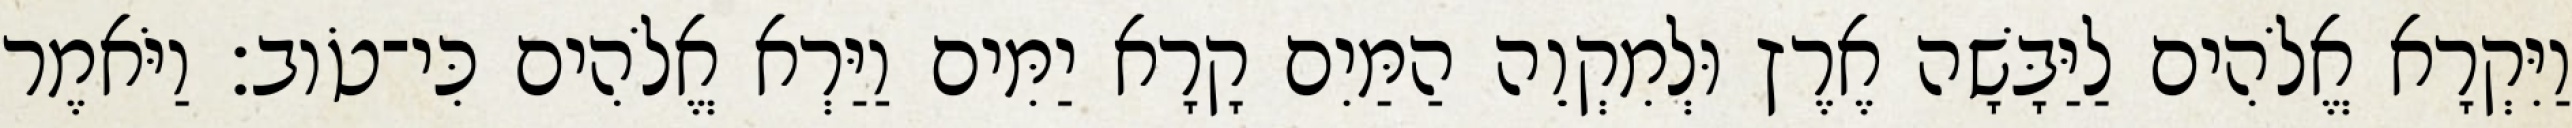
וַיִּקְרָא אֱלֹהִים לַיַּבָּשָׁה אֶרֶץ וּלְמִקְוֵה הַמַּיִם קָרָא יַמִּים וַיַּרְא אֱלֹהִים כִּי־טֹוב׃ וַיֹּאמֶר